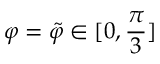
\varphi = \Tilde { \varphi } \in [ 0 , \frac { \pi } { 3 } ]